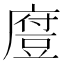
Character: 𫎃